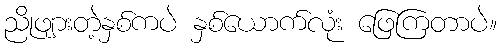
ညိုဖျားတဲ့နှစ်ကပဲ နှစ်ယောက်လုံး ဖြေကြတာပဲ။